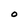
Character: O